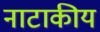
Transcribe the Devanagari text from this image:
नाटाकीय